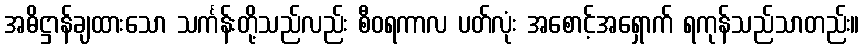
အဓိဋ္ဌာန်ချထားသော သင်္ကန်းတို့သည်လည်း စီဝရကာလ ပတ်လုံး အစောင့်အရှောက် ရကုန်သည်သာတည်း။